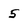
Character: 5